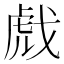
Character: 𫻺